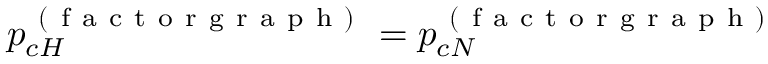
p _ { c H } ^ { \mathrm { ~ ( ~ f ~ a ~ c ~ t ~ o ~ r ~ g ~ r ~ a ~ p ~ h ~ ) ~ } } = p _ { c N } ^ { \mathrm { ~ ( ~ f ~ a ~ c ~ t ~ o ~ r ~ g ~ r ~ a ~ p ~ h ~ ) ~ } }